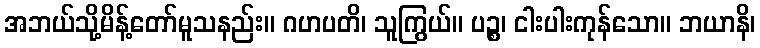
အဘယ်သို့မိန့်တော်မူသနည်း။ ဂဟပတိ၊ သူကြွယ်။ ပဉ္စ၊ ငါးပါးကုန်သော။ ဘယာနိ၊